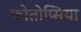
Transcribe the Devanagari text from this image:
फोतोप्सिया